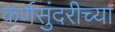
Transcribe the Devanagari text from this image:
कर्णसुंदरीच्या